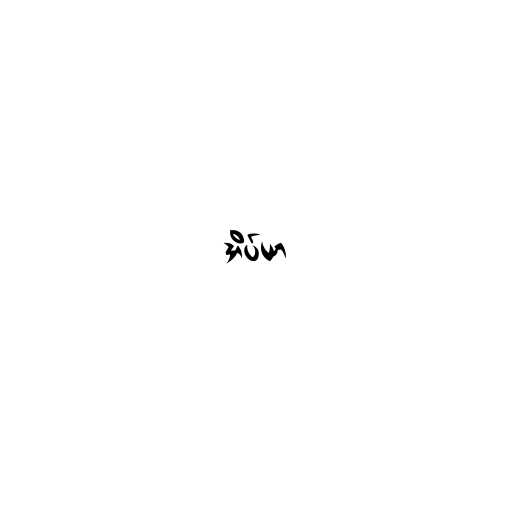
အိပ်ယာ